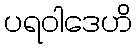
ပရဝါဒေဟိ